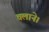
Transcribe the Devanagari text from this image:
चलाने।